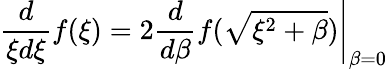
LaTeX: {\frac{d}{\xi d\xi}}f(\xi)=\left.2{\frac{d}{d\beta}}f(\sqrt{\xi^{2}+\beta})\right|_{\beta=0}